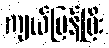
ကျယ်ပြန့်ပြီး